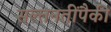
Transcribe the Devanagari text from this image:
सल्तनतींपैकी